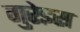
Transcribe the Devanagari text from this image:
गुरेइस